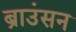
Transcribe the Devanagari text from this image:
ब्राउंसन